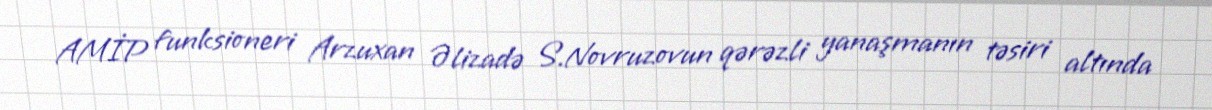
AMİP funksioneri Arzuxan Əlizadə S.Novruzovun qərəzli yanaşmanın təsiri altında